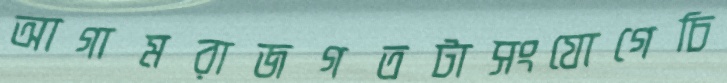
আগামরাজগতটাসংযোগেচি